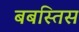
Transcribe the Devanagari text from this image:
बबस्तिस